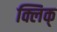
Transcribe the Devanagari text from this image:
क्लिक्